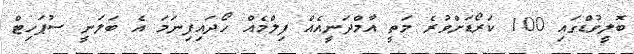
ބޮލީވުޑްގައި 100 ކަރޯޑަށްވުރެ މަތީ އާމްދަނީއެއް ފިލްމެއް ހޯދައިފިނަމަ އެ ބަލަނީ ސުޕަހިޓް